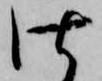
仕